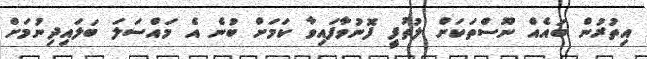
އިތުރުން ބައެއް ނޫސްތަކަށް ލުތުފީ ފޮނުވާފައިވާ ކަމަށް ބުނެ އެ މައްސަލަ ބަލައިދިނުމަށް